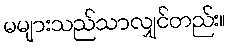
မများသည်သာလျှင်တည်း။